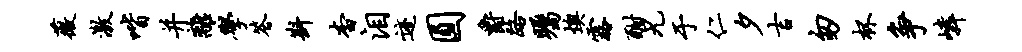
薇激喈并离学答斟杳泪迹圆爵路瞩燠露酣兄于仁夕吉匆杯争嶙